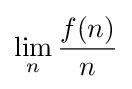
\lim _{n}{\frac {f(n)}{n}}